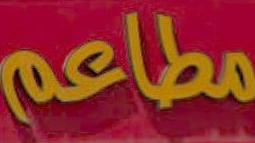
مطاعم